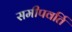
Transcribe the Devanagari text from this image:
समीपवर्ति